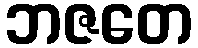
ဘဇတေ